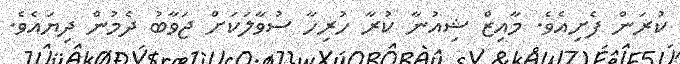
ކުރަން ފެށިއެވެ. މާއިޒް ޝިއުނާ ކުރާ ހުރިހާ ސުވާލަކަށް ޖަވާބު ދެމުން ދިޔައެވެ.